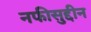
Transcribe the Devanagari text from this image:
नफीसुद्दीन